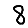
Digit: 8